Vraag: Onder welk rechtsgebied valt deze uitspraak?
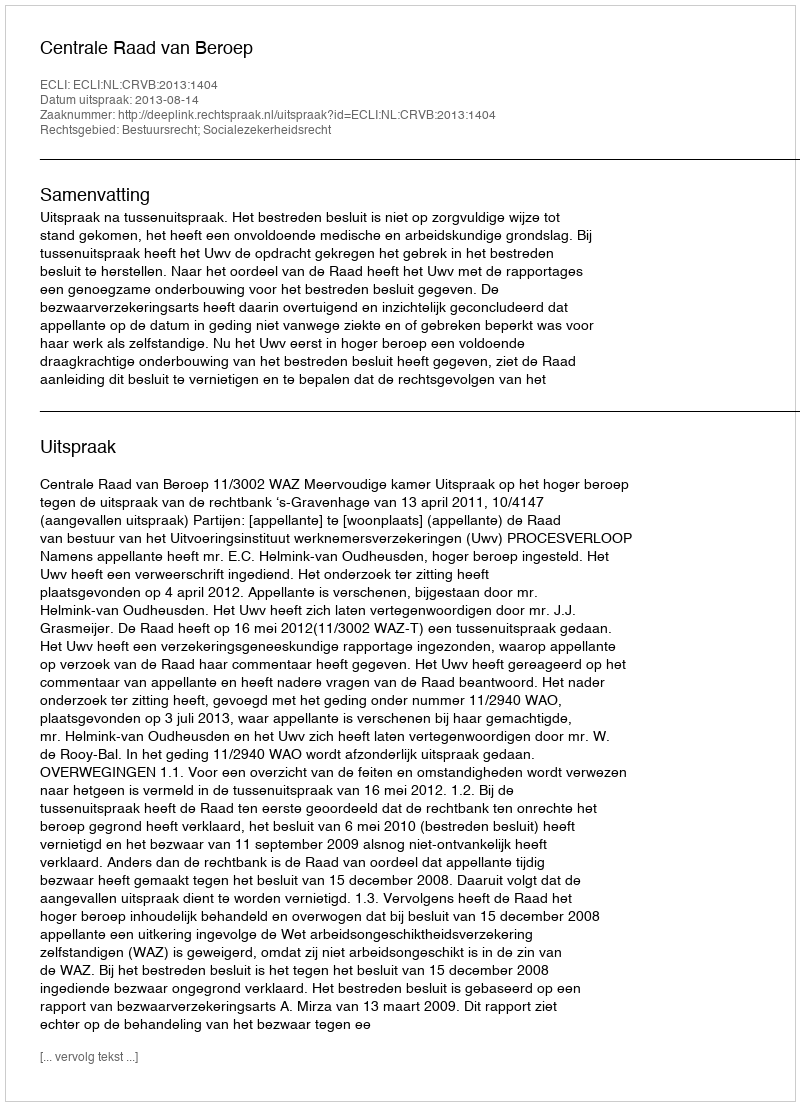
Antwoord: Bestuursrecht; Socialezekerheidsrecht